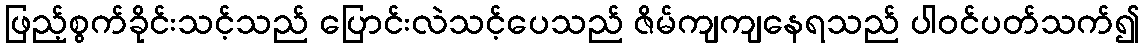
ဖြည့်စွက်ခိုင်းသင့်သည် ပြောင်းလဲသင့်ပေသည် ဇိမ်ကျကျနေရသည် ပါဝင်ပတ်သက်၍